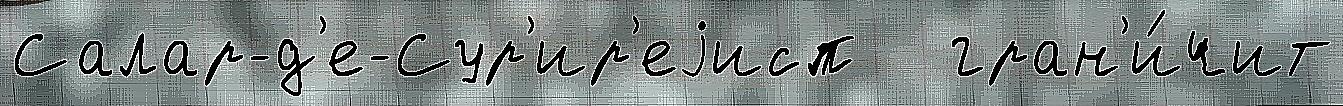
Салар-д'е-Сур'ир'еjисп   гран'и́чит